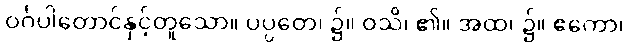
ဝင်္ဂပါတောင်နှင့်တူသော။ ပပ္ပတေ၊ ၌။ ဝသိ၊ ၏။ အထ၊ ၌။ ဧကော၊